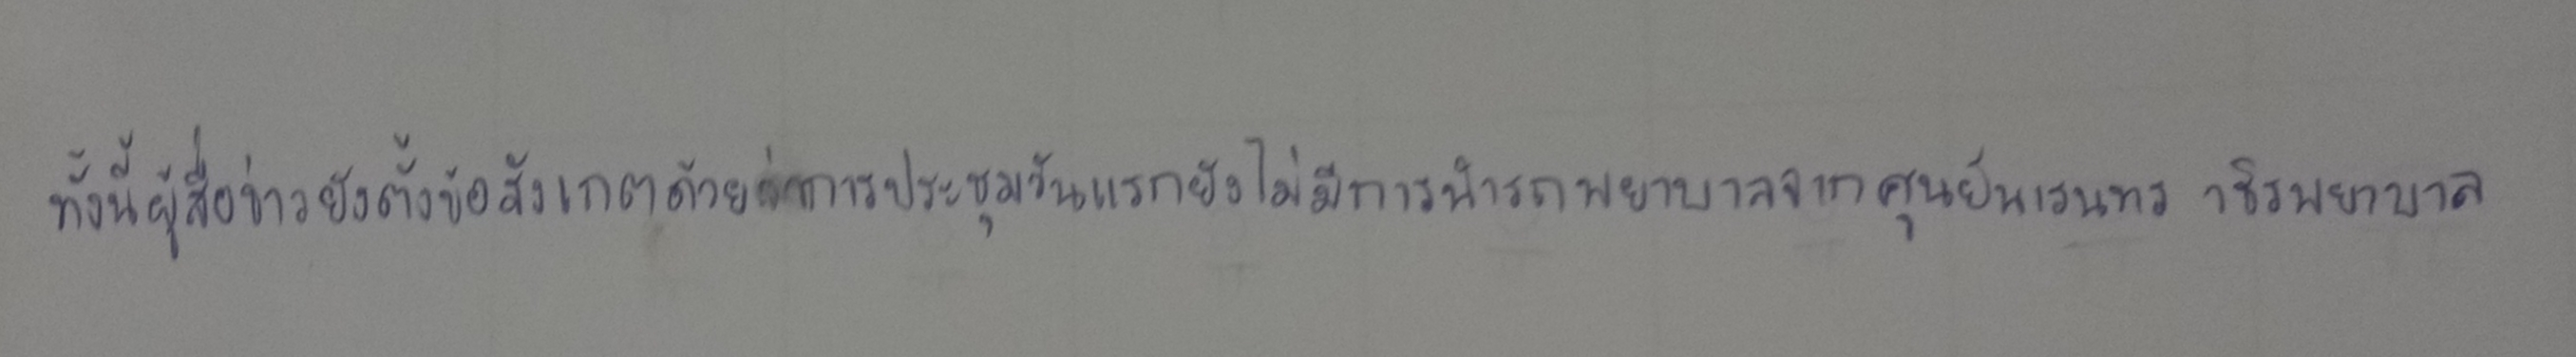
ทั้งนี้ผู้สื่อข่าวยังตั้งข้อสังเกตด้วยว่าการประชุมวันแรกยังไม่มีการนำรถพยาบาลจากศูนย์นเรนทร วชิรพยาบาล